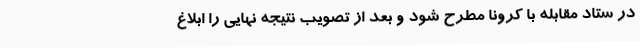
در ستاد مقابله با کرونا مطرح شود و بعد از تصویب نتیجه نهایی را ابلاغ